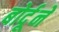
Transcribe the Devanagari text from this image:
बोर्दूने